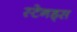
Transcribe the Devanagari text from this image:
स्टेनड्स